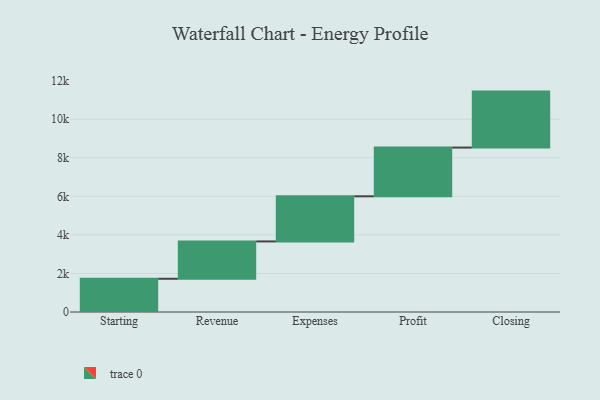
{"axis": {"x": "Step", "y": "Value"}, "legend": [""], "data": [{"x": "Starting", "y": 1724.0, "type": ""}, {"x": "Revenue", "y": 1936.0, "type": ""}, {"x": "Expenses", "y": 2340.0, "type": ""}, {"x": "Profit", "y": 2528.0, "type": ""}, {"x": "Closing", "y": 2902.0, "type": ""}]}